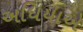
અધિયાએ